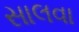
સાલવા